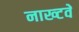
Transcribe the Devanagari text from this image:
नाख्टवे